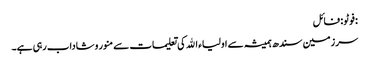
:فوٹو : فائل
سرزمین سندھ ہمیشہ سے اولیاء اﷲ کی تعلیمات سے منور وشاداب رہی ہے۔